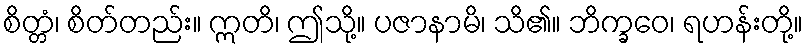
စိတ္တံ၊ စိတ်တည်း။ ဣတိ၊ ဤသို့။ ပဇာနာမိ၊ သိ၏။ ဘိက္ခဝေ၊ ရဟန်းတို့။